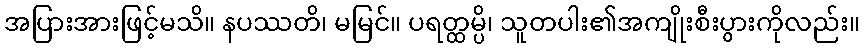
အပြားအားဖြင့်မသိ။ နပဿတိ၊ မမြင်။ ပရတ္ထမ္ပိ၊ သူတပါး၏အကျိုးစီးပွားကိုလည်း။